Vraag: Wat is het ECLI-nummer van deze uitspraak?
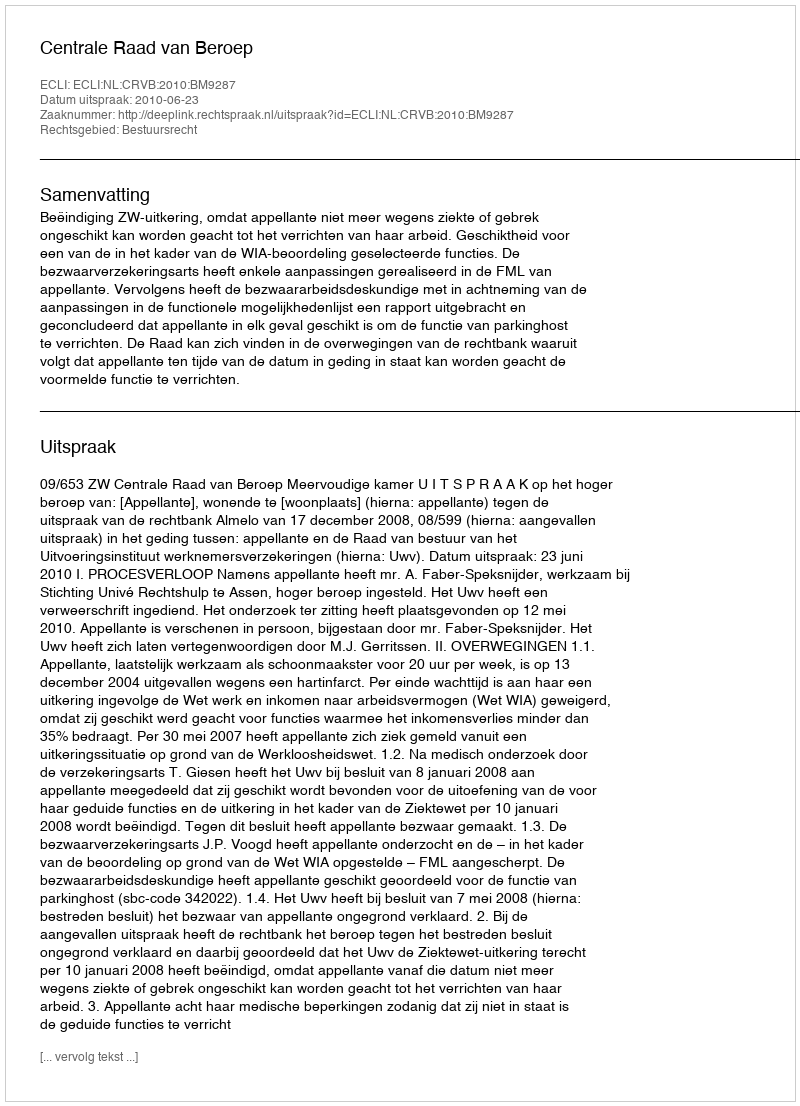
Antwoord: ECLI:NL:CRVB:2010:BM9287